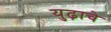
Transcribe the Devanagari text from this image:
युढ़ाचे